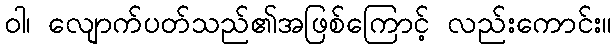
ဝါ၊ လျောက်ပတ်သည်၏အဖြစ်ကြောင့် လည်းကောင်း။